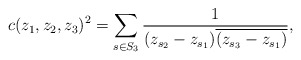
\begin{align*}c(z_1,z_2,z_3)^2= \sum_{s \in S_3} \frac{1}{(z_{s_2}-z_{s_1})\overline{(z_{s_3}-z_{s_1})}},\end{align*}